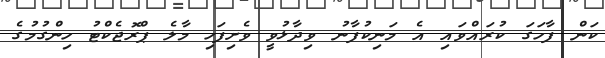
ކަން ފާހަގަ ކުރައްވައި އެ މަނިކުފާނު ވިދާޅުވީ ވެށިފަހި މާލެ ޕްރޮޖެކްޓު ހިންގުމުގެ